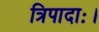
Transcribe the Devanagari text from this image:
त्रिपादाः।